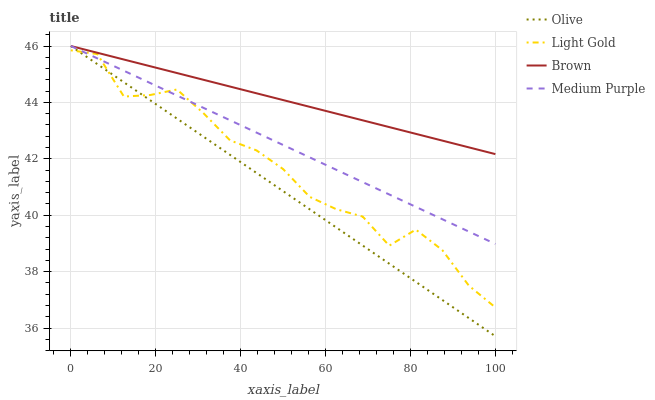
| xaxis_label | Olive | Light Gold | Brown | Medium Purple |
 | --- | --- | --- | --- | --- |
 | 0 | 46 | 45.8 | 46 | 46 |
 | 6.25 | 45.4 | 45.7 | 45.8 | 45.6 |
 | 12.5 | 44.7 | 44.2 | 45.5 | 45.1 |
 | 18.8 | 44.1 | 44.3 | 45.3 | 44.7 |
 | 25 | 43.4 | 44.5 | 45 | 44.2 |
 | 31.2 | 42.8 | 43.6 | 44.8 | 43.8 |
 | 37.5 | 42.1 | 42.7 | 44.6 | 43.4 |
 | 43.8 | 41.5 | 42.3 | 44.3 | 42.9 |
 | 50 | 40.9 | 41.6 | 44.1 | 42.5 |
 | 56.2 | 40.2 | 40.7 | 43.8 | 42.1 |
 | 62.5 | 39.6 | 40.2 | 43.6 | 41.6 |
 | 68.8 | 38.9 | 40 | 43.4 | 41.2 |
 | 75 | 38.3 | 38.9 | 43.1 | 40.7 |
 | 81.2 | 37.6 | 39.5 | 42.9 | 40.3 |
 | 87.5 | 37 | 38.8 | 42.6 | 39.9 |
 | 93.8 | 36.4 | 37.5 | 42.4 | 39.4 |
 | 100 | 35.7 | 36.7 | 42.2 | 39 |